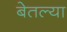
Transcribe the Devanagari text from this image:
बेतल्या